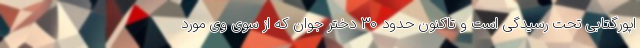
اپورگتابی تحت رسیدگی است و تاکنون حدود ۳۰ دختر جوان که از سوی وی مورد